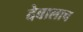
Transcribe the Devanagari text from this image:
देवालाच